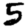
Digit: 5